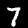
Label: 7